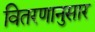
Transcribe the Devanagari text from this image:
वितरणानुसार